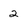
Character: 2